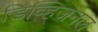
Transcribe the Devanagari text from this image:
डिव्हिजनल